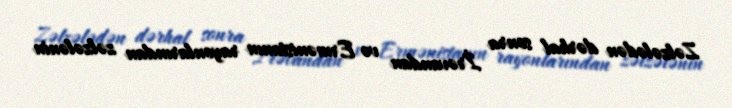
Zəlzələdən dərhal sonra İrəvandan və Ermənistanın rayonlarından zəlzələnin